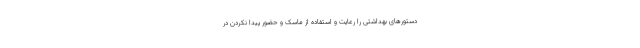
دستورهای بهداشتی را رعایت و استفاده از ماسک و حضور پیدا نکردن در